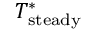
T _ { \mathrm { s t e a d y } } ^ { \ast }